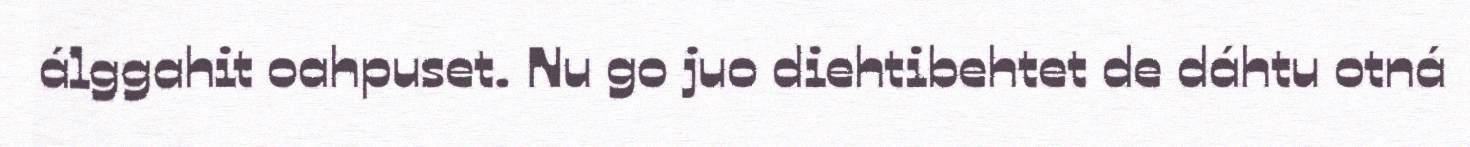
álggahit oahpuset. Nu go juo diehtibehtet de dáhtu otná